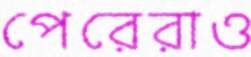
পেরেরাও